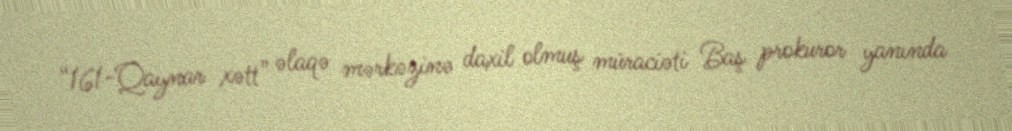
“161-Qaynar xətt” əlaqə mərkəzinə daxil olmuş müraciəti Baş prokuror yanında